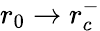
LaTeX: r_{0}\rightarrow r_{c}^{-}